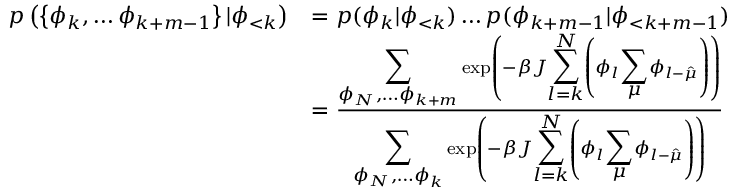
\begin{array} { r l } { p \left( \left\{ \phi _ { k } , \dots \phi _ { k + m - 1 } \right\} | \phi _ { < k } \right) } & { = p ( \phi _ { k } | \phi _ { < k } ) \dots p ( \phi _ { k + m - 1 } | \phi _ { < k + m - 1 } ) } \\ & { = \frac { { \displaystyle \sum _ { \phi _ { N } , \dots \phi _ { k + m } } } \exp \left( - \beta J { \displaystyle \sum _ { l = k } ^ { N } } \left( \phi _ { l } { \displaystyle \sum _ { \mu } } \phi _ { l - \hat { \mu } } \right) \right) } { { \displaystyle \sum _ { \phi _ { N } , \dots \phi _ { k } } } \exp \left( - \beta J { \displaystyle \sum _ { l = k } ^ { N } } \left( \phi _ { l } { \displaystyle \sum _ { \mu } } \phi _ { l - \hat { \mu } } \right) \right) } } \end{array}